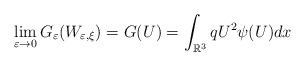
LaTeX: \begin{align*}\lim_{\varepsilon\rightarrow0}G_{\varepsilon}(W_{\varepsilon,\xi})=G(U)=\int_{\mathbb{R}^{3}}qU^{2}\psi(U)dx\end{align*}